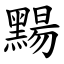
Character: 䵮